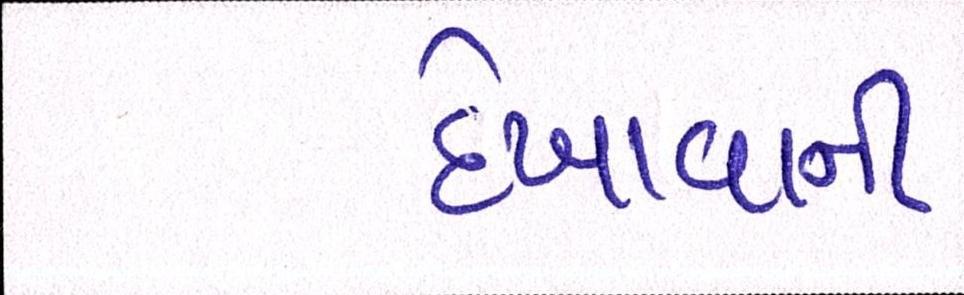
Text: દેખાવાની